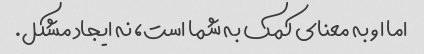
اما او به معنای کمک به شما است، نه ایجاد مشکل.